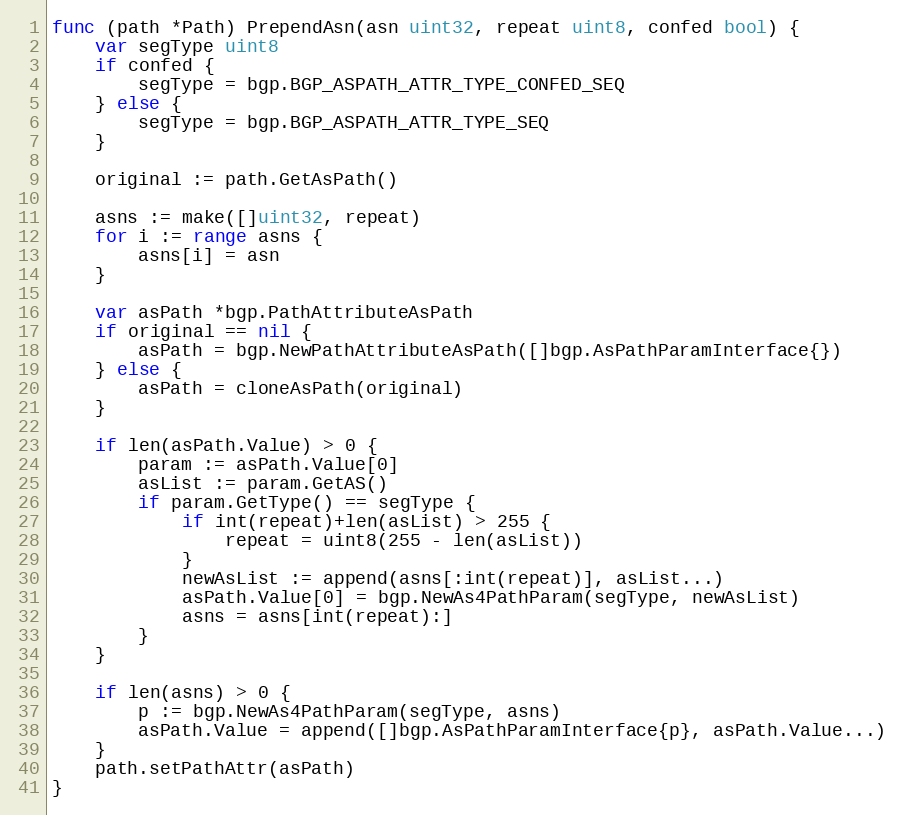
Language: Go
func (path *Path) PrependAsn(asn uint32, repeat uint8, confed bool) {
	var segType uint8
	if confed {
		segType = bgp.BGP_ASPATH_ATTR_TYPE_CONFED_SEQ
	} else {
		segType = bgp.BGP_ASPATH_ATTR_TYPE_SEQ
	}

	original := path.GetAsPath()

	asns := make([]uint32, repeat)
	for i := range asns {
		asns[i] = asn
	}

	var asPath *bgp.PathAttributeAsPath
	if original == nil {
		asPath = bgp.NewPathAttributeAsPath([]bgp.AsPathParamInterface{})
	} else {
		asPath = cloneAsPath(original)
	}

	if len(asPath.Value) > 0 {
		param := asPath.Value[0]
		asList := param.GetAS()
		if param.GetType() == segType {
			if int(repeat)+len(asList) > 255 {
				repeat = uint8(255 - len(asList))
			}
			newAsList := append(asns[:int(repeat)], asList...)
			asPath.Value[0] = bgp.NewAs4PathParam(segType, newAsList)
			asns = asns[int(repeat):]
		}
	}

	if len(asns) > 0 {
		p := bgp.NewAs4PathParam(segType, asns)
		asPath.Value = append([]bgp.AsPathParamInterface{p}, asPath.Value...)
	}
	path.setPathAttr(asPath)
}